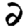
Digit: 2